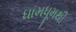
ધામધૂમથી